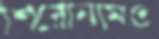
শিরোনামও